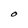
Character: O